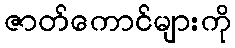
ဇာတ်ကောင်များကို